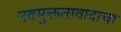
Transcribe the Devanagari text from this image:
नवमुक्ततावादाचा